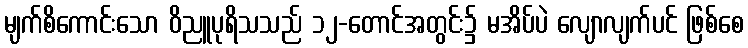
မျက်စိကောင်းသော ဝိညူပုရိသသည် ၁၂-တောင်အတွင်း၌ မအိပ်ပဲ လျောလျက်ပင် ဖြစ်စေ